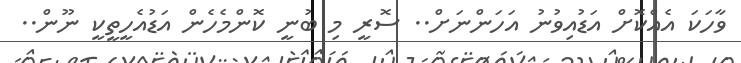
ވާހަކަ އެއްކޮށް އަޑުއިވުނު އަހަންނަށް.. ސޮރީ މި ބުނީ ކޮންމެހެން އަޑުއެހީތީކީ ނޫން..